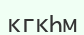
кгкҺм